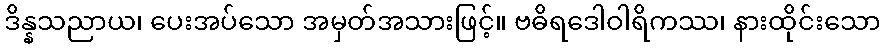
ဒိန္နသညာယ၊ ပေးအပ်သော အမှတ်အသားဖြင့်။ ဗဓိရဒေါဝါရိကဿ၊ နားထိုင်းသော